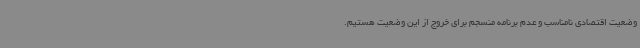
وضعیت اقتصادی نامناسب و عدم برنامه منسجم برای خروج از این وضعیت هستیم.